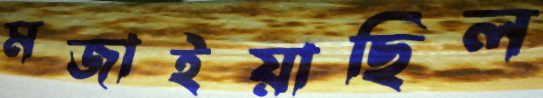
মজাইয়াছিল